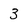
Character: 3